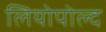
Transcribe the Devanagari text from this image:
लियोपोल्द